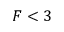
F < 3